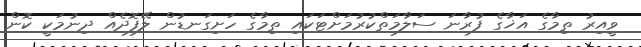
ވީއިރު ތިމާގެ އަޚާގެ ފުރާނަ ސަލާމަތްކުރުމަށްޓަކައި ތިމާގެ ހަށިގަނޑުން ލޭފޮދެއް ދިނުމަކީ ކޮން